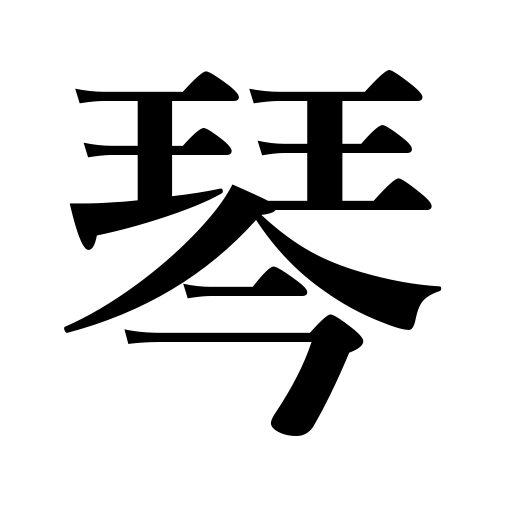
Meanings: long horizontal Japanese harp,harp,a koto,lyre